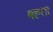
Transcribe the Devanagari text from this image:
मह्त्ता